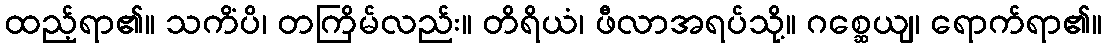
ထည့်ရာ၏။ သကိံပိ၊ တကြိမ်လည်း။ တိရိယံ၊ ဖီလာအရပ်သို့။ ဂစ္ဆေယျ၊ ရောက်ရာ၏။